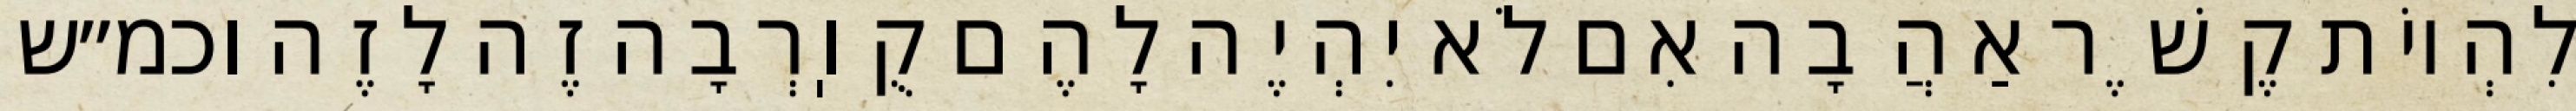
לִהְיוֹת קֶשֶׁר אַהֲבָה אִם לֹא יִהְיֶה לָהֶם קֻוֽרְבָה זֶה לָזֶה וכמ״ש